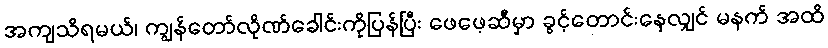
အကျသိရမယ်၊ ကျွန်တော်လိုဏ်ခေါင်းကိုပြန်ပြီး ဖေဖေ့ဆီမှာ ခွင့်တောင်းနေလျှင် မနက် အထိ